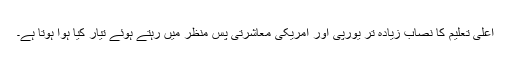
اعلیٰ تعلیم کا نصاب زیادہ تر یورپی اور امریکی معاشرتی پس منظر میں رہتے ہوئے تیار کیا ہوا ہوتا ہے۔